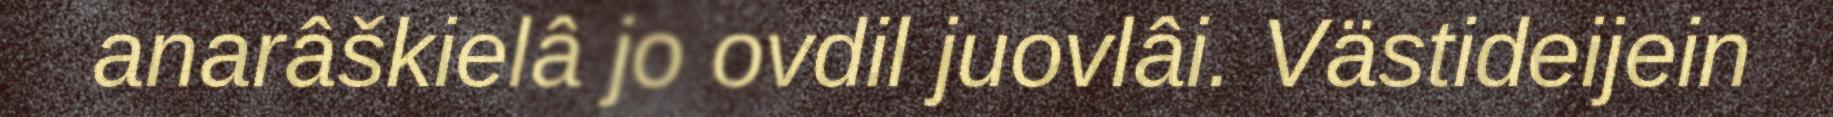
anarâškielâ jo ovdil juovlâi. Västideijein